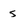
Character: S